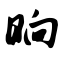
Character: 晌